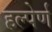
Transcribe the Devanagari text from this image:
हल्पेर्ण